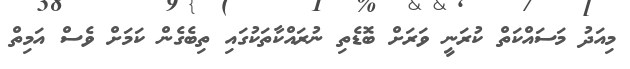
މިއަދު މަސައްކަތް ކުރަނީ ވަރަށް ބޮޑެތި ނުރައްކާތަކުގައި ތިބެގެން ކަމަށް ވެސް އަމިތް